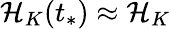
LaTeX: \mathcal{H}_{K}(t_{*})\approx\mathcal{H}_{K}